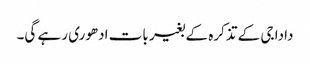
دادا جی کے تذکرہ کے بغیر بات ادھوری رہے گی۔